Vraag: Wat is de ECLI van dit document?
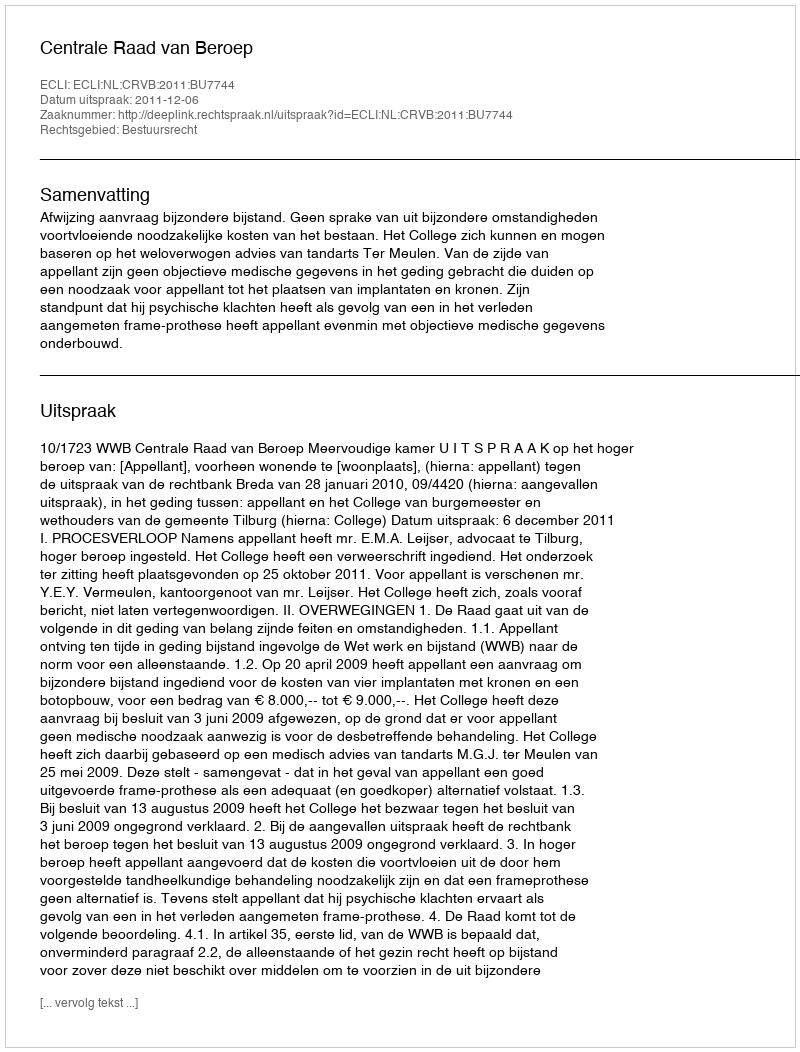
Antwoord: ECLI:NL:CRVB:2011:BU7744